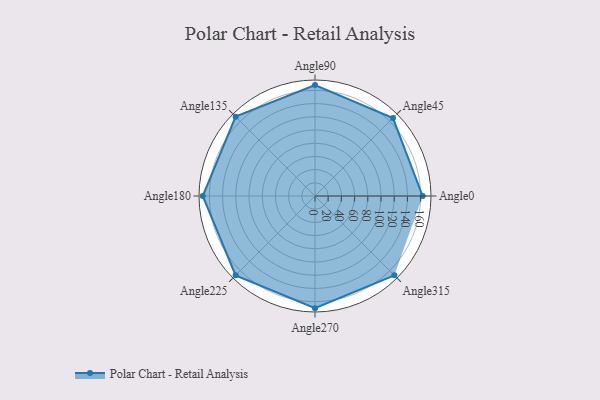
{"axis": {"x": "Angle", "y": "Radius"}, "legend": [""], "data": [{"x": "Angle0", "y": 163.0, "type": ""}, {"x": "Angle45", "y": 167.0, "type": ""}, {"x": "Angle90", "y": 168.0, "type": ""}, {"x": "Angle135", "y": 170, "type": ""}, {"x": "Angle180", "y": 170, "type": ""}, {"x": "Angle225", "y": 170, "type": ""}, {"x": "Angle270", "y": 170, "type": ""}, {"x": "Angle315", "y": 170, "type": ""}]}